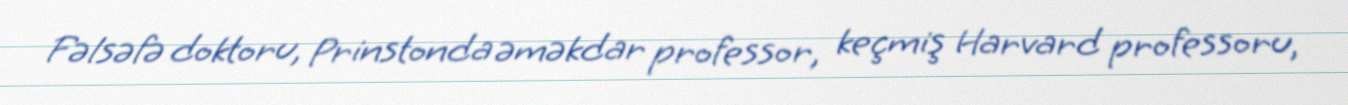
Fəlsəfə doktoru, Prinstonda əməkdar professor, keçmiş Harvard professoru,